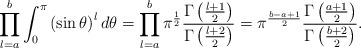
LaTeX: \begin{align*} \prod_{l=a}^{b}\int_{0}^{\pi}\left(\sin\theta\right)^l d\theta = \prod_{l=a}^{b}\pi^{\frac{1}{2}}\frac{\Gamma\left(\frac{l+1}{2}\right)}{\Gamma\left(\frac{l+2}{2}\right)} = \pi^{\frac{b-a+1}{2}}\frac{\Gamma\left(\frac{a+1}{2}\right)}{\Gamma\left(\frac{b+2}{2}\right)}. \end{align*}